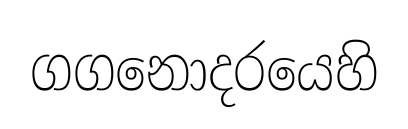
ගගනොදරයෙහි